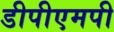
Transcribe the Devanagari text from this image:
डीपीएमपी